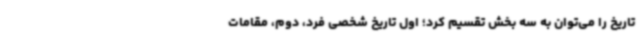
تاریخ را می‌توان به سه بخش تقسیم کرد؛ اول تاریخ شخصی فرد، دوم، مقامات